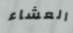
العشاء